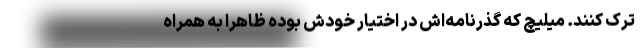
ترک کنند. میلیچ که گذرنامه‌اش در اختیار خودش بوده ظاهرا به همراه